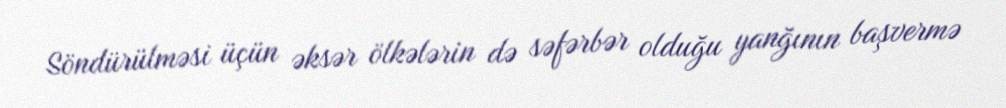
Söndürülməsi üçün əksər ölkələrin də səfərbər olduğu yanğının başvermə